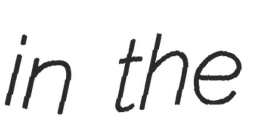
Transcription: in the